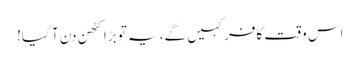
اس وقت کافر کہیں گے، یہ تو بڑا کٹھن دن آ گیا!